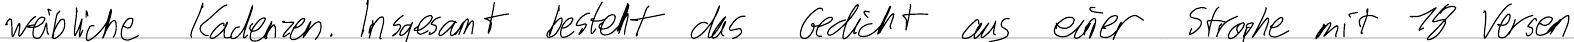
weibliche Kadenzen. Insgesamt besteht das Gedicht aus einer Strophe mit 18 Versen